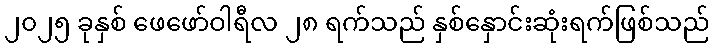
၂၀၂၅ ခုနှစ် ဖေဖော်ဝါရီလ ၂၈ ရက်သည် နှစ်နှောင်းဆုံးရက်ဖြစ်သည်